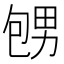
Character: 𪽕